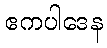
ဧကပါဒေန